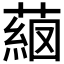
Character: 𦸖